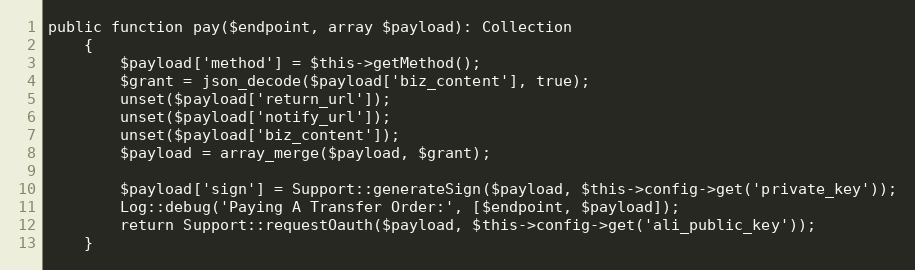
Language: PHP
public function pay($endpoint, array $payload): Collection
    {
        $payload['method'] = $this->getMethod();
        $grant = json_decode($payload['biz_content'], true);
		unset($payload['return_url']);
		unset($payload['notify_url']);
		unset($payload['biz_content']);
		$payload = array_merge($payload, $grant);

        $payload['sign'] = Support::generateSign($payload, $this->config->get('private_key'));
        Log::debug('Paying A Transfer Order:', [$endpoint, $payload]);
        return Support::requestOauth($payload, $this->config->get('ali_public_key'));
    }